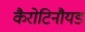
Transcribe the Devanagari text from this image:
कैरोटिनौयड